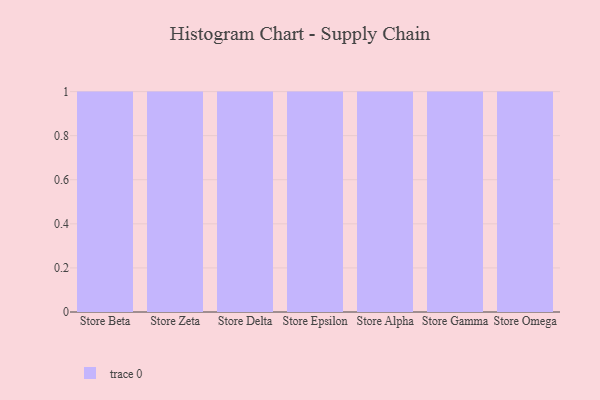
{"axis": {"x": "Store", "y": "Production Output"}, "legend": [""], "data": [{"x": "Store Beta", "y": 43, "type": ""}, {"x": "Store Zeta", "y": 77, "type": ""}, {"x": "Store Delta", "y": 69, "type": ""}, {"x": "Store Epsilon", "y": 65, "type": ""}, {"x": "Store Alpha", "y": 81, "type": ""}, {"x": "Store Gamma", "y": 85, "type": ""}, {"x": "Store Omega", "y": 38, "type": ""}]}